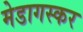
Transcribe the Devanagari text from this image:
मेडागस्कर